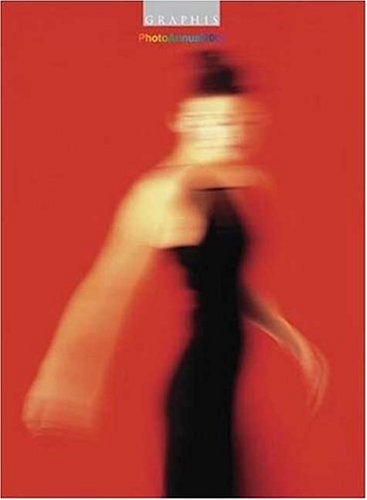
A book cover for Photography Annual 2005 (Graphis Photo Annual); B. Pedersen; Arts & Photography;